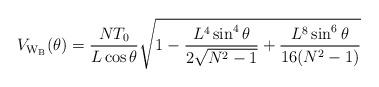
LaTeX: \begin{align*}V_{\rm W_B}(\theta)=\frac{NT_0}{L\cos{\theta}}\sqrt{1-\frac{L^4\sin^4{\theta}}{2\sqrt{N^2-1}}+\frac{L^8\sin^6{\theta}}{16(N^2-1)}}\end{align*}